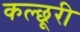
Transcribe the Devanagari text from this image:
कल्छूरी